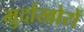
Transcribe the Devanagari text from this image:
मुर्दाखोरों